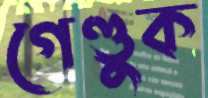
গেণ্ডুক